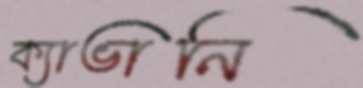
ক্যাভানি